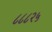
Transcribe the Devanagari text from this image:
८८८२५